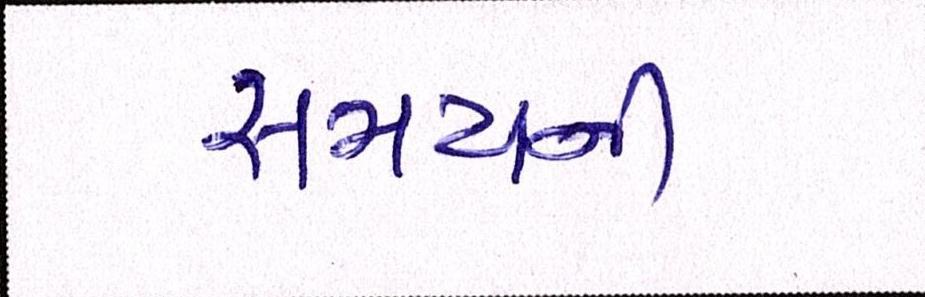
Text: સમયની